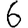
Digit: 6